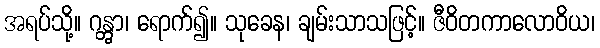
အရပ်သို့။ ဂန္တွာ၊ ရောက်၍။ သုခေန၊ ချမ်းသာသဖြင့်။ ဇီဝိတကာလောဝိယ၊